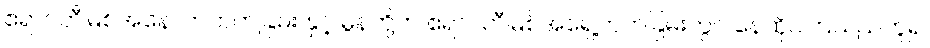
ဧရာဝတီမြစ်အနောက်ဘက်ခြမ်း နှင့် မွန်တို့က ဧရာဝတီမြစ်အရှေ့ဘက်ခြမ်းတွင် နေထိုင်ကြသည်ဟူ၍